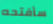
سأفتحه